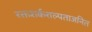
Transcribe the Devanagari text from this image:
रक्तशर्कराल्पताजनित